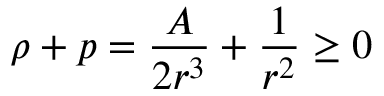
\rho + p = \frac { A } { 2 r ^ { 3 } } + \frac { 1 } { r ^ { 2 } } \ge 0